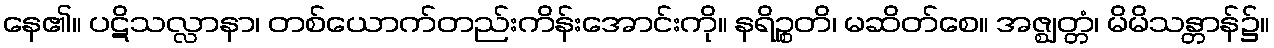
နေ၏။ ပဋိသလ္လာနာ၊ တစ်ယောက်တည်းကိန်းအောင်းကို။ နရိဉ္စတိ၊ မဆိတ်စေ။ အဇ္ဈတ္တံ၊ မိမိသန္တာန်၌။